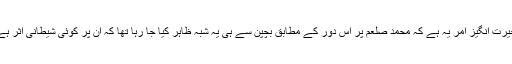
حیرت انگیز امر یہ ہے کہ محمد صلعم پر اس دور کے مطابق بچپن سے ہی یہ شبہ ظاہر کیا جا رہا تھا کہ ان پر کوئی شیطانی اثر ہے۔